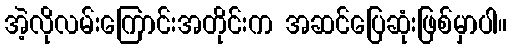
အဲ့လိုလမ်းကြောင်းအတိုင်းက အဆင်ပြေဆုံးဖြစ်မှာပါ။